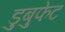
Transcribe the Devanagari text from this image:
डुबुफेट